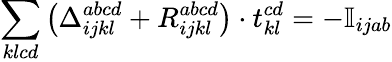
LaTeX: \sum_{klcd}\big(\Delta_{ijkl}^{abcd}+R_{ijkl}^{abcd}\big)\cdot t_{kl}^{cd}=-\mathbb{I}_{ijab}